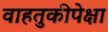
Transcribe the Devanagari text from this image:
वाहतुकीपेक्षा